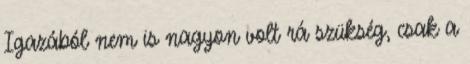
Igazából nem is nagyon volt rá szükség, csak a